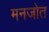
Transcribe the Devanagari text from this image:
मनजोत